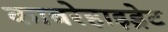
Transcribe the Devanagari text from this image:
काबरेहाइड्रेट